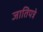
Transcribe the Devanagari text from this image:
जातिपत्रे